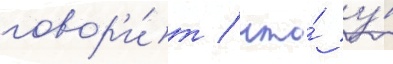
говор'и́т / что́ у́